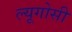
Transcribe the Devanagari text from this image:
ल्यूगोसी